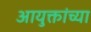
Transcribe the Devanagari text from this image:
आयुक्तांच्या